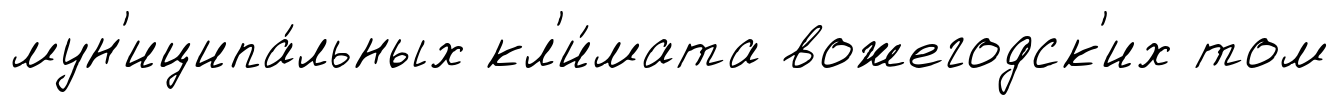
мун'иципа́льных кл'и́мата вожегодск'их том